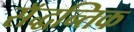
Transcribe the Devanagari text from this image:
सॅद्धन्तिक